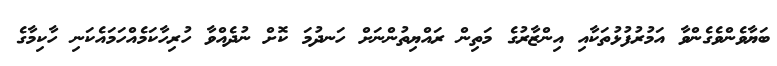
ބަޔާވެންވެގެންވާ އަމުރުފުޅުތަކާއި އިންޒާރުގެ މަތިން ރައްޔިތުންނަށް ހަނދުމަ ކޮށް ނުދެއްވާ ހުރިހާކަމެއްހަމައެކަނި ހާކިމާގެ